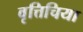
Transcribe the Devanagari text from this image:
वृत्तिचिया